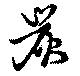
炭